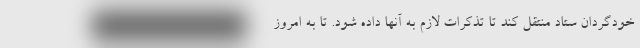
خودگردان ستاد منتقل کند تا تذکرات لازم به آنها داده شود. تا به امروز